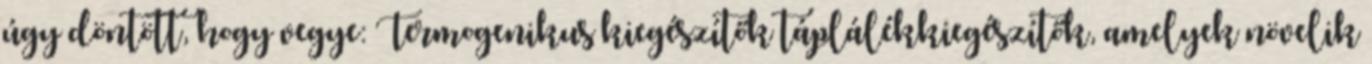
úgy döntött, hogy vegye: Termogenikus kiegészítők táplálékkiegészítők, amelyek növelik